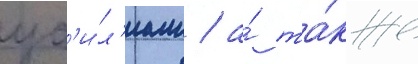
ус'и́л'иам / а́ та́кже